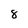
Character: 8